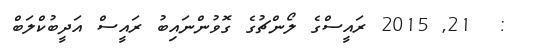
:  21